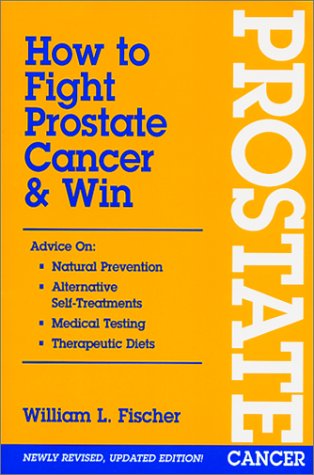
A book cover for How to Fight Prostate Cancer & Win; William L. Fischer; Health, Fitness & Dieting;